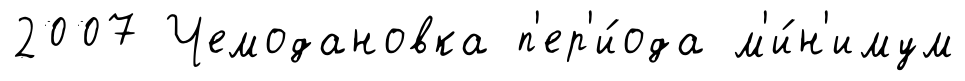
2007 Чемодановка п'ер'и́ода м'и́н'имум